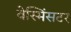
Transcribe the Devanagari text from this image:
वेस्मिंसटर